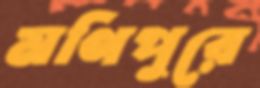
মণিপুরে